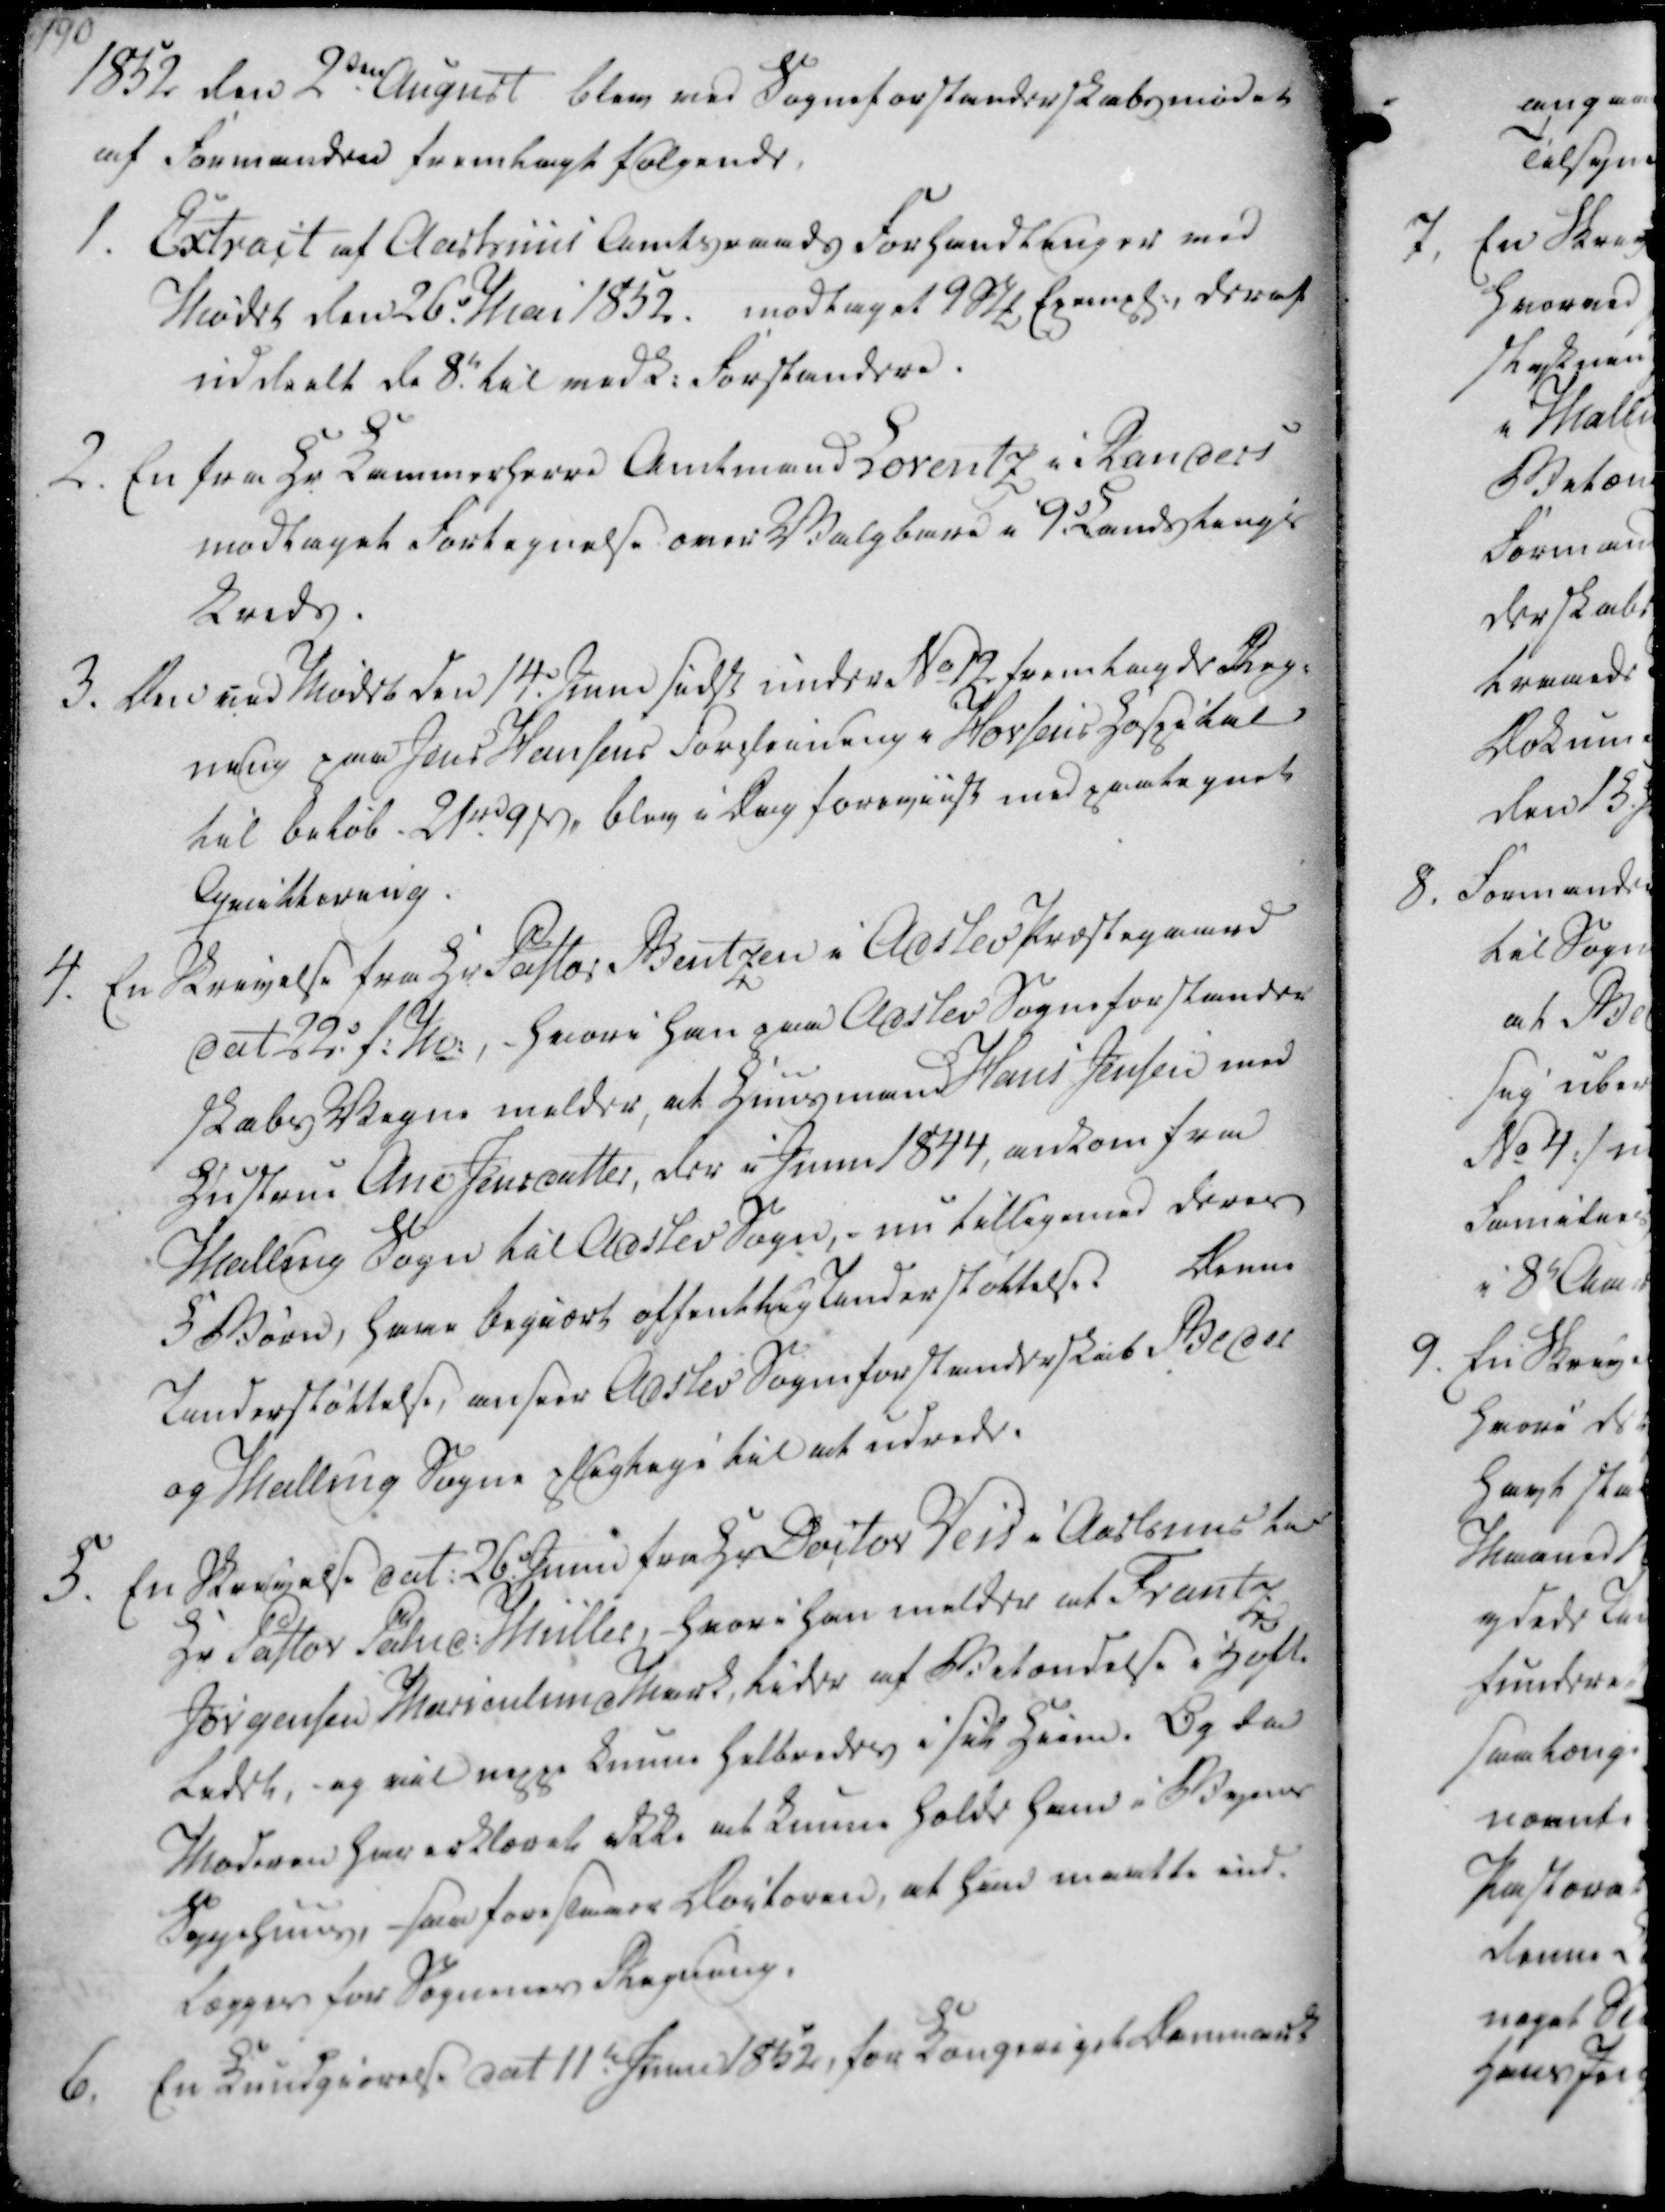
Transskription:
1852 den 2den August blev ved Sogneforstanderskabsmødet

af Formanden fremlagt følgende

1. Extract af Aarhuus Amtsraads Forhandlinger ved

Mødet den 26. Mai 1852.

modtaget 9 Stk Exempl. deraf

uddeelt de 8. til vedk. Forstandere.

2. En fra Hr. Kammerherre Amtmand Lorentz i Randers

modtaget Fortegnelse over Valgbare i 9. Landstings

Kreds.

1852 den 2den August blev ved Sogneforstanderskabsmødet
af Formanden fremlagt følgende
1. Extract af Aarhuus Amtsraads Forhandlinger ved
Mødet den 26. Mai 1852.
modtaget 9 Stk Exempl. deraf
uddeelt de 8. til vedk. Forstandere.
2. En fra Hr. Kammerherre Amtmand Lorentz i Randers
modtaget Fortegnelse over Valgbare i 9. Landstings
Kreds.

3. Den ved Mødet den 14. Juni sidst under No 12 fremlagde Reg-

ning paa Jens Hansens Forpleining i Horsens Hospital

til Beløb 21 rd 9 ₻, blev i Dag foreviist med paategnet

Qvittering.

4. En Skrivelse fra Hr Pastor Bentzen i Adslev Præstegaard

dat 22. f.M., - hvori han paa Adslev Sogneforstander

skabs Vegne melder, at Huusmand Hans Jensen med

Hustrue Ane Jensdatter, der i Juni 1844, ankom fra

Malling Sogn til Adslev Sogn, - nu tilligemed deres

5 Børn, have begiært offentlig Understøttelse.

Denne

Understøttelse, anseer Adslev Sogneforstanderskab Beder

og Malling Sogne Plegtige til at udrede.

3. Den ved Mødet den 14. Juni sidst under No 12 fremlagde Reg-
ning paa Jens Hansens Forpleining i Horsens Hospital
til Beløb 21 rd 9 ₻, blev i Dag foreviist med paategnet
Qvittering.
4. En Skrivelse fra Hr Pastor Bentzen i Adslev Præstegaard
dat 22. f.M., - hvori han paa Adslev Sogneforstander
skabs Vegne melder, at Huusmand Hans Jensen med
Hustrue Ane Jensdatter, der i Juni 1844, ankom fra
Malling Sogn til Adslev Sogn, - nu tilligemed deres
5 Børn, have begiært offentlig Understøttelse.
Denne
Understøttelse, anseer Adslev Sogneforstanderskab Beder
og Malling Sogne Plegtige til at udrede.

5. En Skrivelse dat. 26. Juni fra Hr Doctor Weis i Aarhuus har

Hr Pastor Palud. Müller, hvori han melder at Frantz

Jørgensen Marienlund Mark, lider af Betændelse i Hofte

ledet, og vil neppe kunne helbredes i sit Hiem. Og da

Moderen har erklæret ikke at kunne holde ham i Byens

Sygehuus, saa foreslaaer Doctoren, at han maatte ind-

lægges for Sognenes Regning.

6. En Kundgiørelse dat 11te Junii 1852, for Kongeriget Danmark

5. En Skrivelse dat. 26. Juni fra Hr Doctor Weis i Aarhuus har
Hr Pastor Palud. Müller, hvori han melder at Frantz
Jørgensen Marienlund Mark, lider af Betændelse i Hofte
ledet, og vil neppe kunne helbredes i sit Hiem. Og da
Moderen har erklæret ikke at kunne holde ham i Byens
Sygehuus, saa foreslaaer Doctoren, at han maatte ind-
lægges for Sognenes Regning.
6. En Kundgiørelse dat 11te Junii 1852, for Kongeriget Danmark